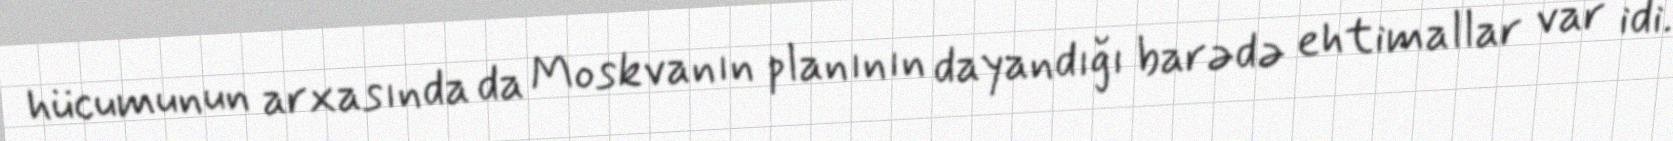
hücumunun arxasında da Moskvanın planının dayandığı barədə ehtimallar var idi.